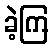
ခဲ့ကြ